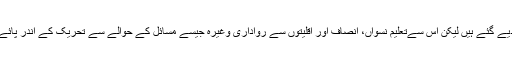
مسودہ میں اگرچہ ایک حد تک نرمی اور بہتری کے تأثرات دیے گئے ہیں لیکن اس سےتعلیم نسواں، انصاف اور اقلیتوں سے رواداری وغیرہ جیسے مسائل کے حوالے سے تحریک کے اندر پائے جانے والے تضادات اور ابہامات کا بھی واضح پتہ چلتا ہے۔